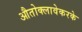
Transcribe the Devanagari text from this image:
औतोक्लावेकरके